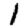
Digit: 1